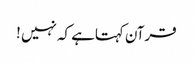
قرآن کہتاہے کہ نہیں !